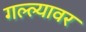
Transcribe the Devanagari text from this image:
गल्ल्यावर